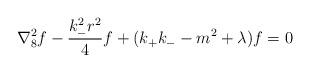
LaTeX: \begin{align*}\nabla_{8}^{2}f -\frac{k_{-}^{2} r^{2}}{4}f + (k_{+}k_{-}- m^{2}+\lambda)f = 0\end{align*}